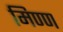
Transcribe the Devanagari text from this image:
मिण्ण